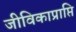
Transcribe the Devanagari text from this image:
जीविकाप्राप्ति